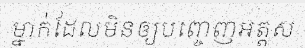
ម្នាក់ដែលមិនឲ្យបញ្ចេញអត្តស